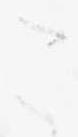
こ